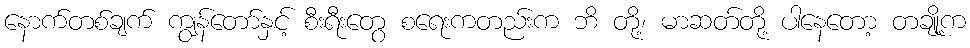
နောက်တစ်ချက် ကျွန်တော်နှင့် စီးရီးတွေ စရေးကတည်းက ဘိ တို့၊ မာဆတ်တို့ ပါနေတော့ တချို့က